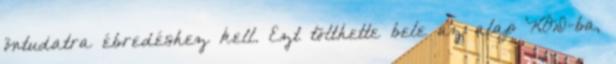
öntudatra ébredéshez kell. Ezt tölthette bele az alap KÓD-ba,